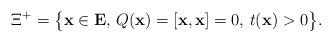
LaTeX: \begin{gather*}\Xi^+=\big\{ \mathbf x \in \mathbf E,\, Q(\mathbf x) =[ \mathbf x,\mathbf x] = 0, \, t(\mathbf x)>0\big\}. \end{gather*}